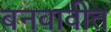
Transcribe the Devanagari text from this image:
बनवावीत